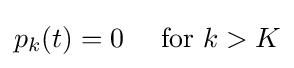
p_{k}(t)=0\quad {\text{ for }}k>K